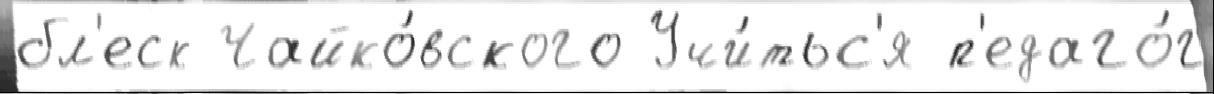
бл'еск Чайко́вского Учи́тьс'я п'едаго́г